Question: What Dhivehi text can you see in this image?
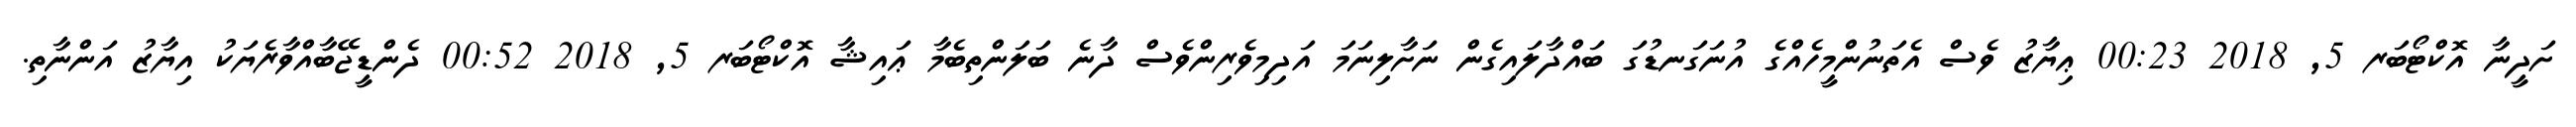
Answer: ށަދީނާ އޮކްޓޯބަރ 5, 2018 00:23 ޢިޔާޒު ވެސް އެތަނުންމީހެއްގެ އުނަގަނޑުގަ ބައްދާލައިގެން ނަށާލިނަމަ އަދިމިވެރިންވެސް ދާނެ ބަލަންތިބެމާ ޢައިޝާ އޮކްޓޯބަރ 5, 2018 00:52 ދެންޑީޖޭބާއްވާރެޔަކު އިޔާޒު އަންނާތި.